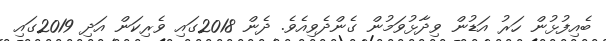
ބެއިފުޅުން ހަރު އަޑުން ވިދާޅުވަމުން ގެންދެވިއެވެ. ދެން 2018ގައި ވެރިކަން އަދި 2019ގައި